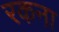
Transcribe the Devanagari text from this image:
रकना